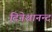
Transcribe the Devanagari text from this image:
दिनेशानन्द